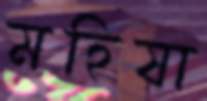
মহিষা